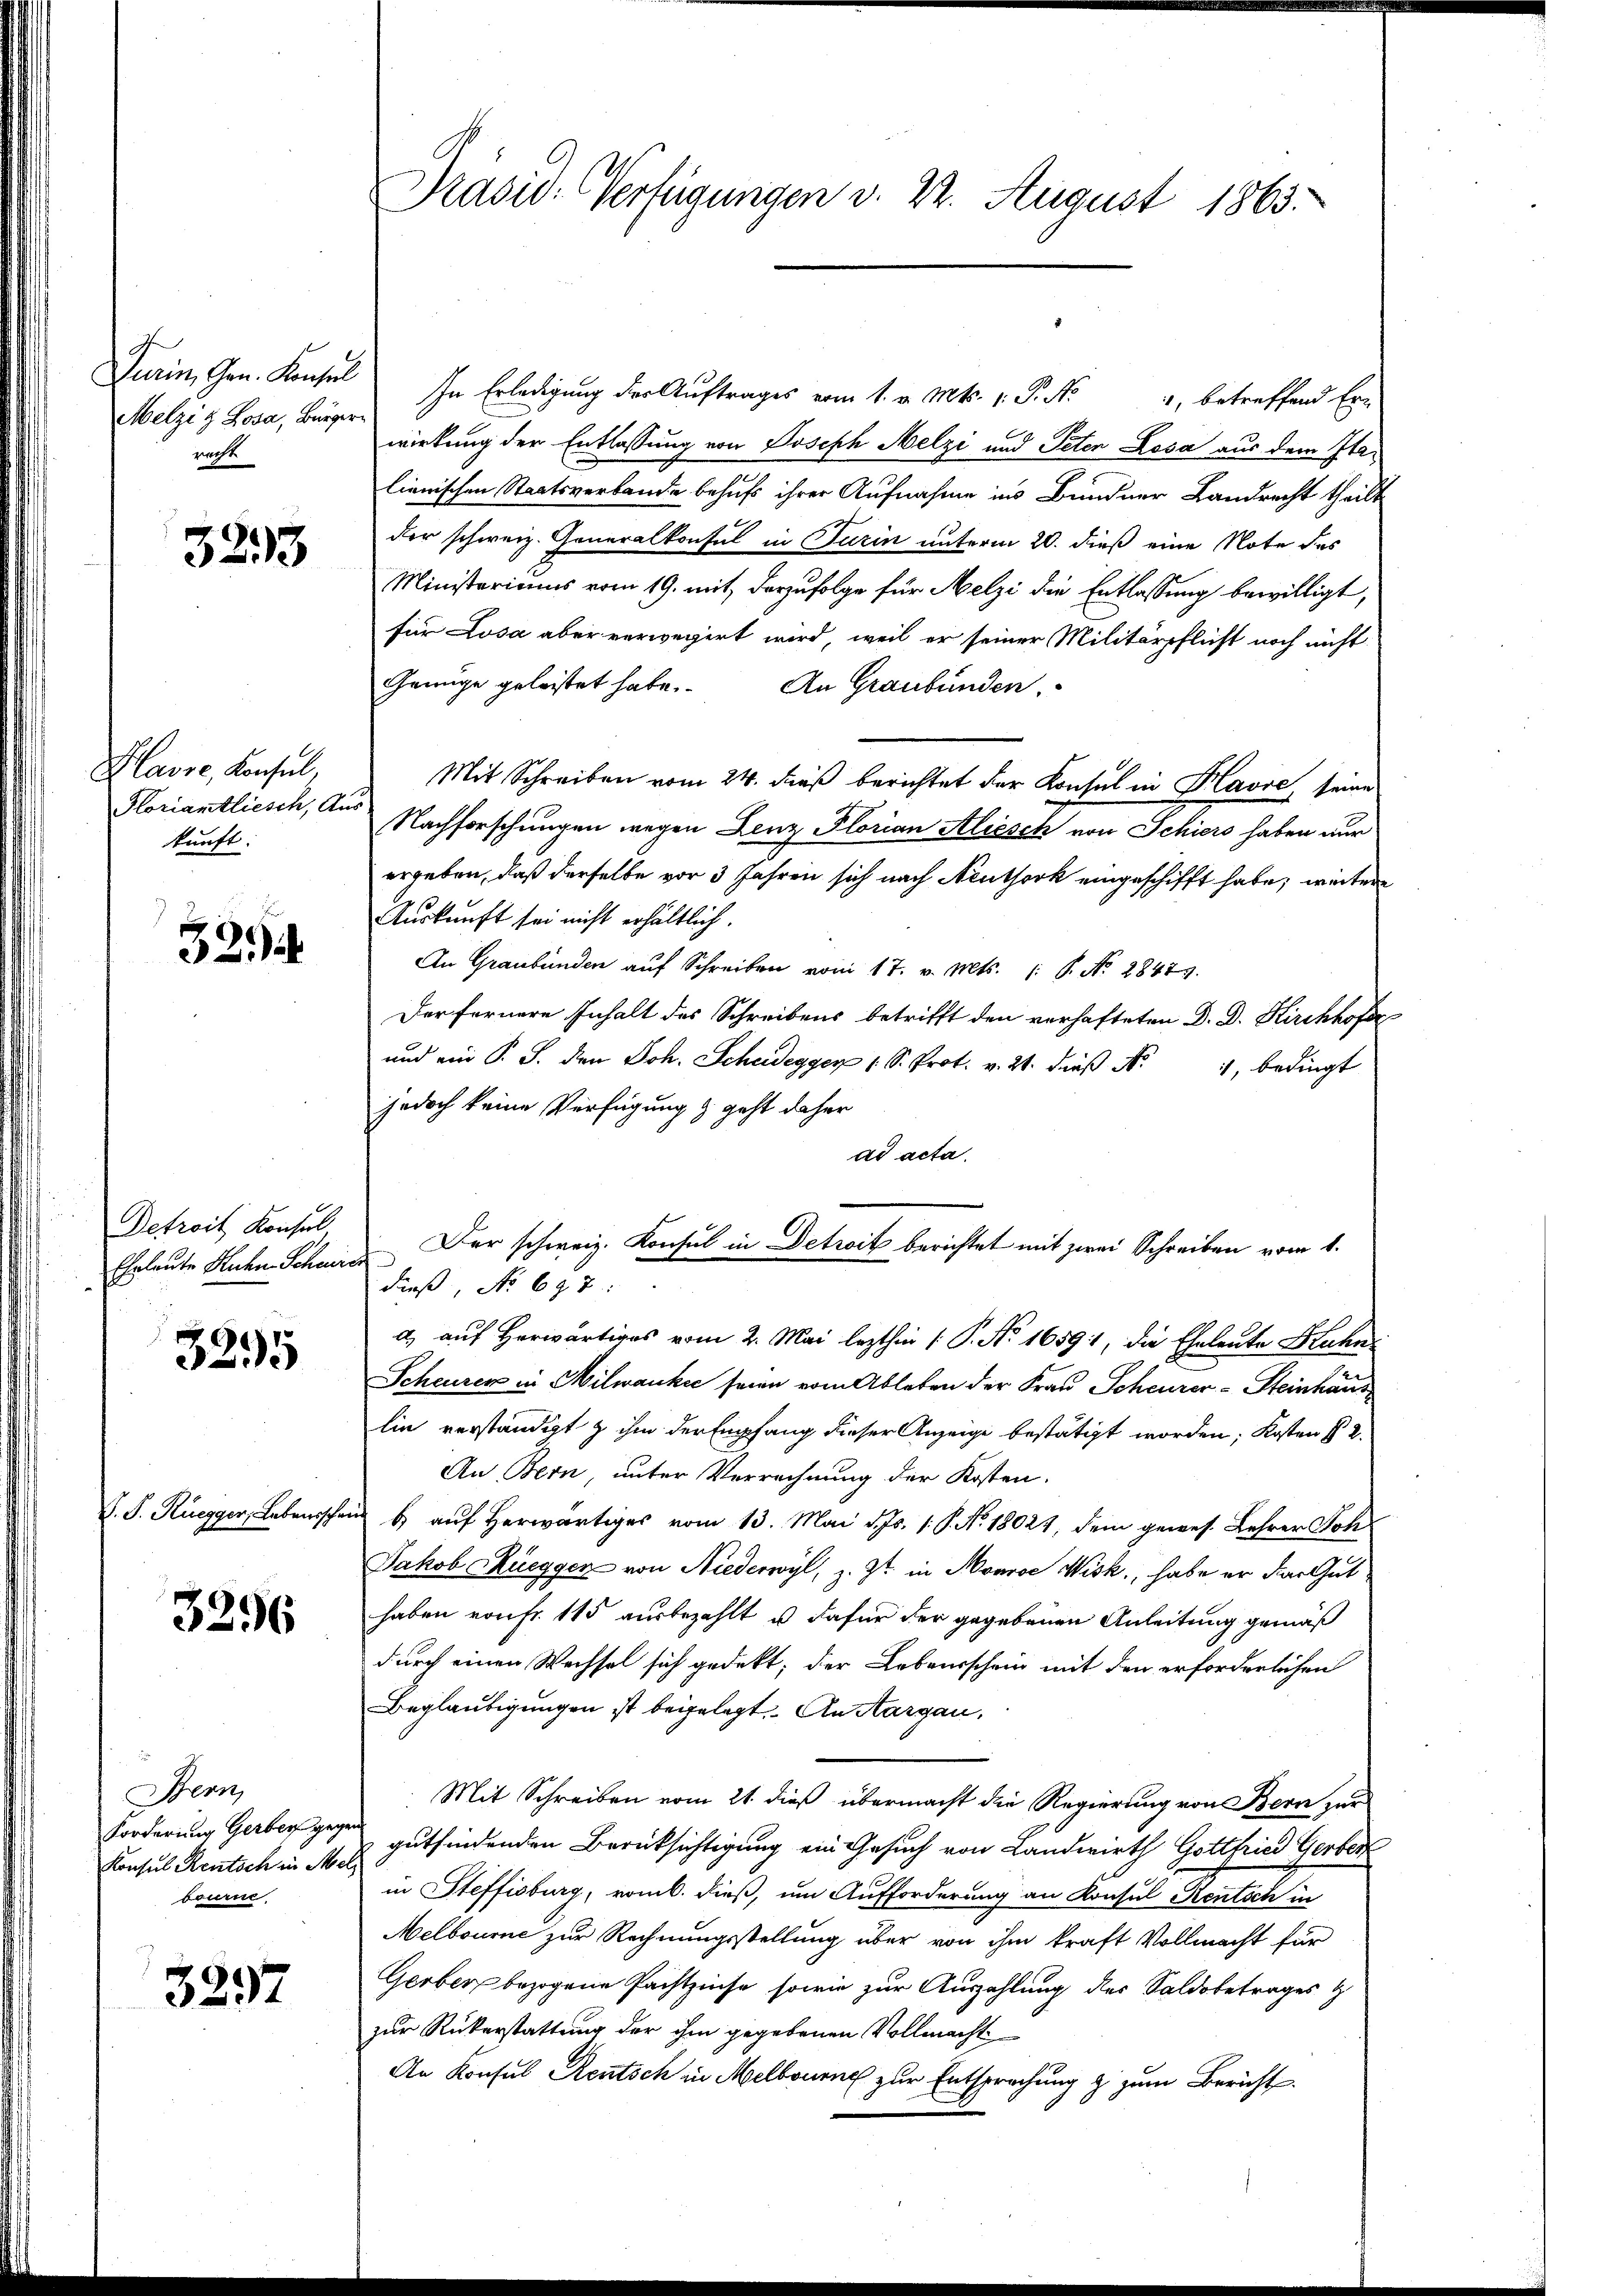
Durin, Gen. Konsul
Melzig Losa, Bürger
recht

3293

Klasse, Konsul,
Floriamtliesch, An
kunft:

32.4.

Detroit Konsul
Ehrleute Kuhn Schwere

3295

V. J. Ruegger, Lebensschen

3296

Bern,
Forderung Gerber gegen
Konsul Rentsch in Mel
bourne

3297

Präsid. Verfügungen d. 22. August 1863.

In Erledigung der Auftrages vom 1. v. Mts. v. P. Nr. 4, betreffend Er-
wirkung der Entlassung von Joseph Melzi und Peten Losa aus dem Italienischen Staatsverbande behufs ihrer Aufnahme ins Bundner Landrecht theilt
der schweiz. Generalkonsul in Turin unterm 20. dieß eine Note des
Ministeriums vom 19. mit derzufolge für Melzi die Entlassung bewilligt,
für Losa aber verwegert wird, weil er seiner Militärpflicht noch nicht
Genüge geleistet habe. An Graubünden
Mit Schreiben vom 24. dieß berichtet der Konsul in Havre seine
Nachforschungen wegen Lenz Florian Alicsch von Schiers haben nur
ergeben, daß derselbe vor 3 Jahren sich nach Neuthork eingeschifft habe, wieder
Auskunft sei nicht erhältlich.
An Graubünden aŭf Schreiben vom 17. v. Mts. (: P. Nr. 28479.
Der fernere Inhalt des Schreibens betrifft den verhafteten D. D. Kirchhofe
und ein P. J. den Joh. Scheidegger 1 S. Prot. v. 21. dieβ N. 4, bedingt
jedoch keine Verfügung & geht daher
ad acta.
Der schweiz. Konsul in Detroit berichtet mit zwei Schreiben vom 1.
dieß, No 698:
a) auf herwärtiges vom 2. Mai lezthin (: P. Nr. 1659, die Eheleute Bahn¬
Scheurer in Milwanke seine vom Ableben der Frau Scheurer-Steinhaus
lin verständigt & ihm der Empfang dieser Anzeige bestätigt worden; Kosten § 2.
An Bern, unter Verrechnung der Kosten.
b auf herwärtiges vom 13. Mai d. Js. 1. P. Nr. 18021, dem gewes. Lehrer Joh
Jakob Rüegger von Niederwyl, z. Zt. in Monroe Wisk., habe er das Gut
haben von Fr. 115 ausbezahlt u dafür der gegebenen Anleitung gemäß
durch einen Wechsel sich gedekt; der Lebensschein mit den erforderlichen
Beglaubigungen ist beigelegt. An Aargau,
Mit Schreiben vom 21. dieß übermacht die Regierung von Bern zur
gutfindenden Berücksichtigung ein Gesuch von Landwirth Gotthied Gerber
in Steffisburg, romb. dieß, um Aufforderung an Konsul Rentsch in
Melbourne zur Rechnungsstellung über von ihm kraft Vollmacht für
Gerber bezogene Pachtzinse, sowie zur Auszahlung des Saldobetrages z
zur Rükerstattung der ihm gegebenen Vollmacht
An Konsul Rentsch in Melbourne zur Entsprechung zu zum Bericht